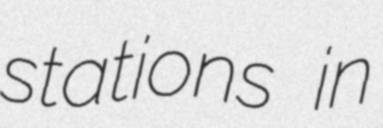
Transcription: stations in